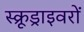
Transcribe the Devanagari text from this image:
स्क्रूड्राइवरों